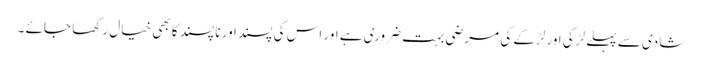
شادی سے پہلے لڑکی اور لڑکے کی مرضی بہت ضروری ہے اور اس کی پسند اور نا پسند کا بھی خیال رکھا جائے ۔